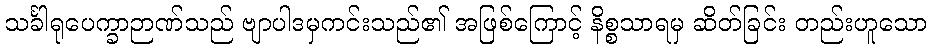
သင်္ခါရုပေက္ခာဉာဏ်သည် ဗျာပါဒမှကင်းသည်၏ အဖြစ်ကြောင့် နိစ္စသာရမှ ဆိတ်ခြင်း တည်းဟူသော